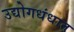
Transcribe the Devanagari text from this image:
उद्योगधंधात